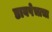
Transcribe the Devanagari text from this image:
डावपेचाचा